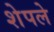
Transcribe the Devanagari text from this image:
शेपले